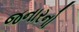
જનારનો